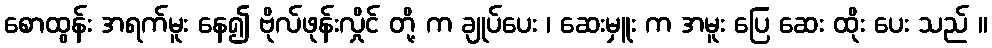
စောထွန်း အရက်မူး နေ၍ ဗိုလ်ဖုန်းလှိုင် တို့ က ချုပ်ပေး ၊ ဆေးမှူး က အမူး ပြေ ဆေး ထိုး ပေး သည် ။